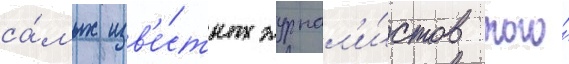
са́мых изв'е́стных журнал'и́стов того́